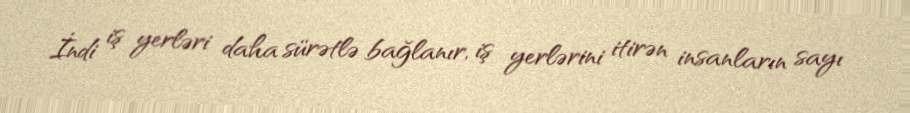
İndi iş yerləri daha sürətlə bağlanır, iş yerlərini itirən insanların sayı